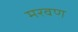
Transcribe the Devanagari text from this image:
मरवण